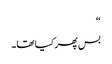
“
بس پھر کیا تھا۔